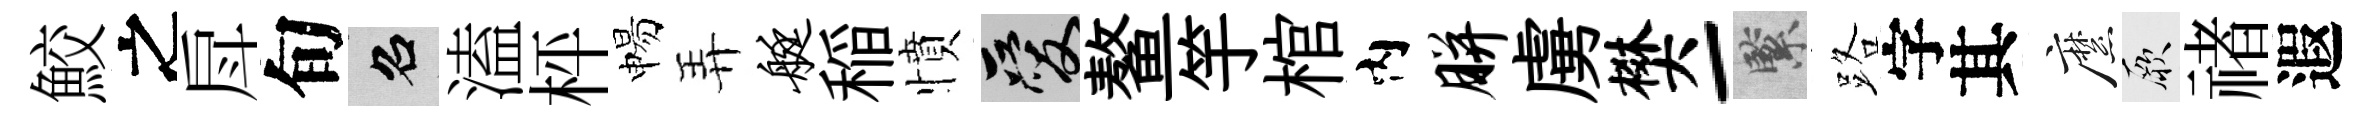
鮫之戽旬召溘枰惕弄艇稲憤爱鳌竽棺内胼虜樊-緊路字其縻厥禇遐